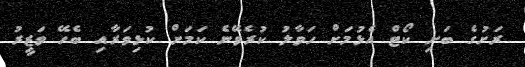
ރަށުގެ ބަށި ކޯޓް އެޅުމަށް ހަވާލު ކުރެވޭނެ ކަމަށް ކުޅިވަރާއި ބެހޭ ވަޒީރު